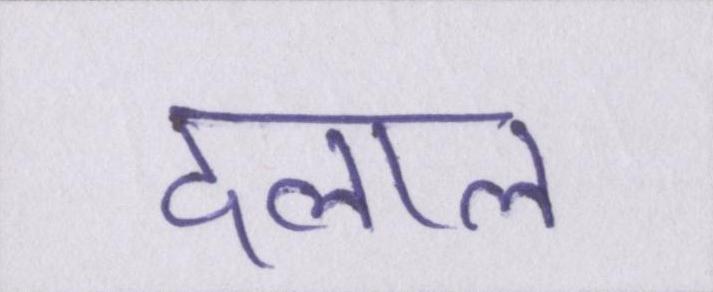
दलाल